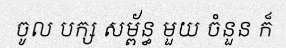
ចូល បក្ស សម្ព័ន្ធ មួយ ចំនួន ក៏